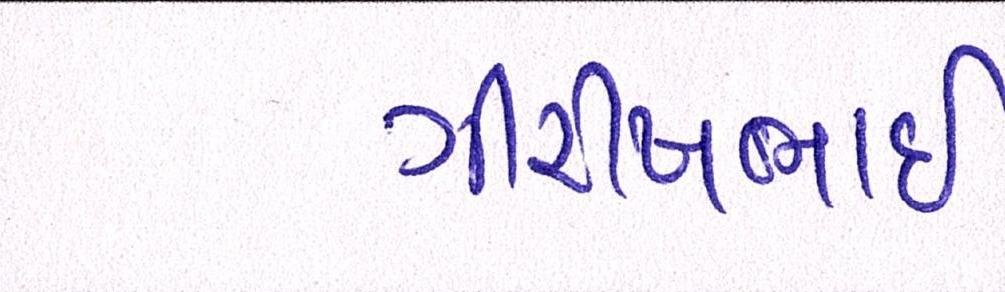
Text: ગીરીષભાઈ